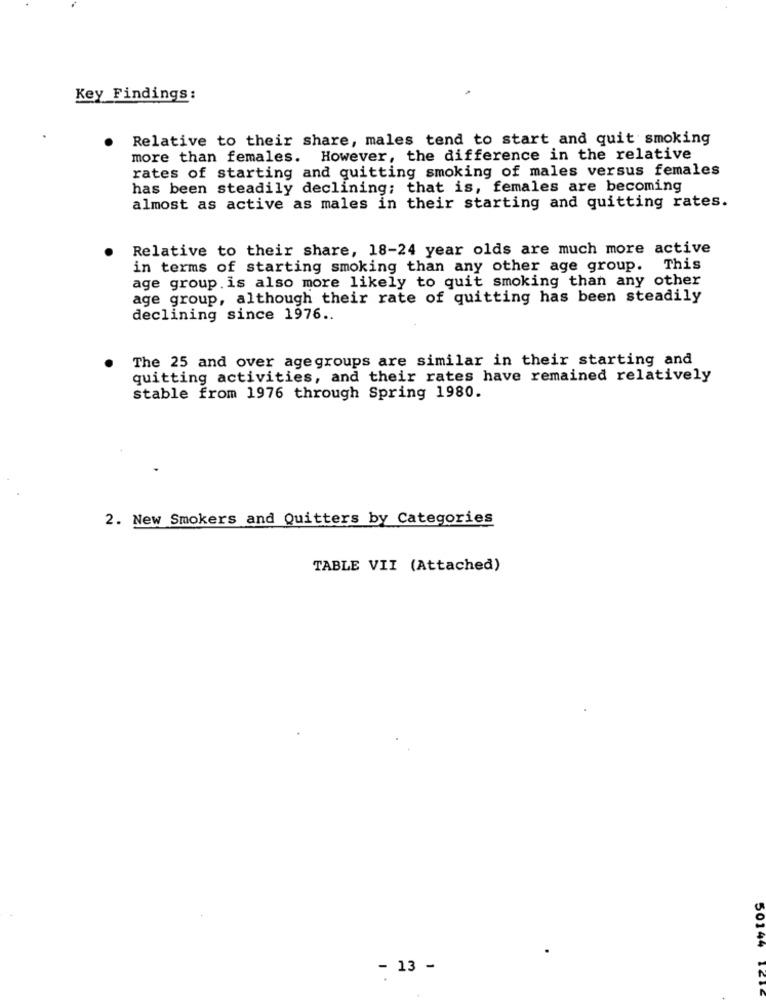
Key Findings:
Relative to their share, males tend to start and quit smoking
more than females. However, the difference in the relative
rates of starting and quitting smoking of males versus females
has been steadily declining; that is, females are becoming
almost as active as males in their starting and quitting rates.
Relative to their share, 18-24 year olds are much more active
in terms of starting smoking than any other age group. This
age group. is also more likely to quit smoking than any other
age group, although their rate of quitting has been steadily
declining since 1976 ..
The 25 and over agegroups are similar in their starting and
quitting activities, and their rates have remained relatively
stable from 1976 through Spring 1980.
2. New Smokers and Quitters by Categories
TABLE VII (Attached)
50144
- 13 -